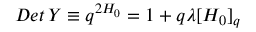
D e t \, Y \equiv q ^ { 2 H _ { 0 } } = 1 + q \lambda [ H _ { 0 } ] _ { q }